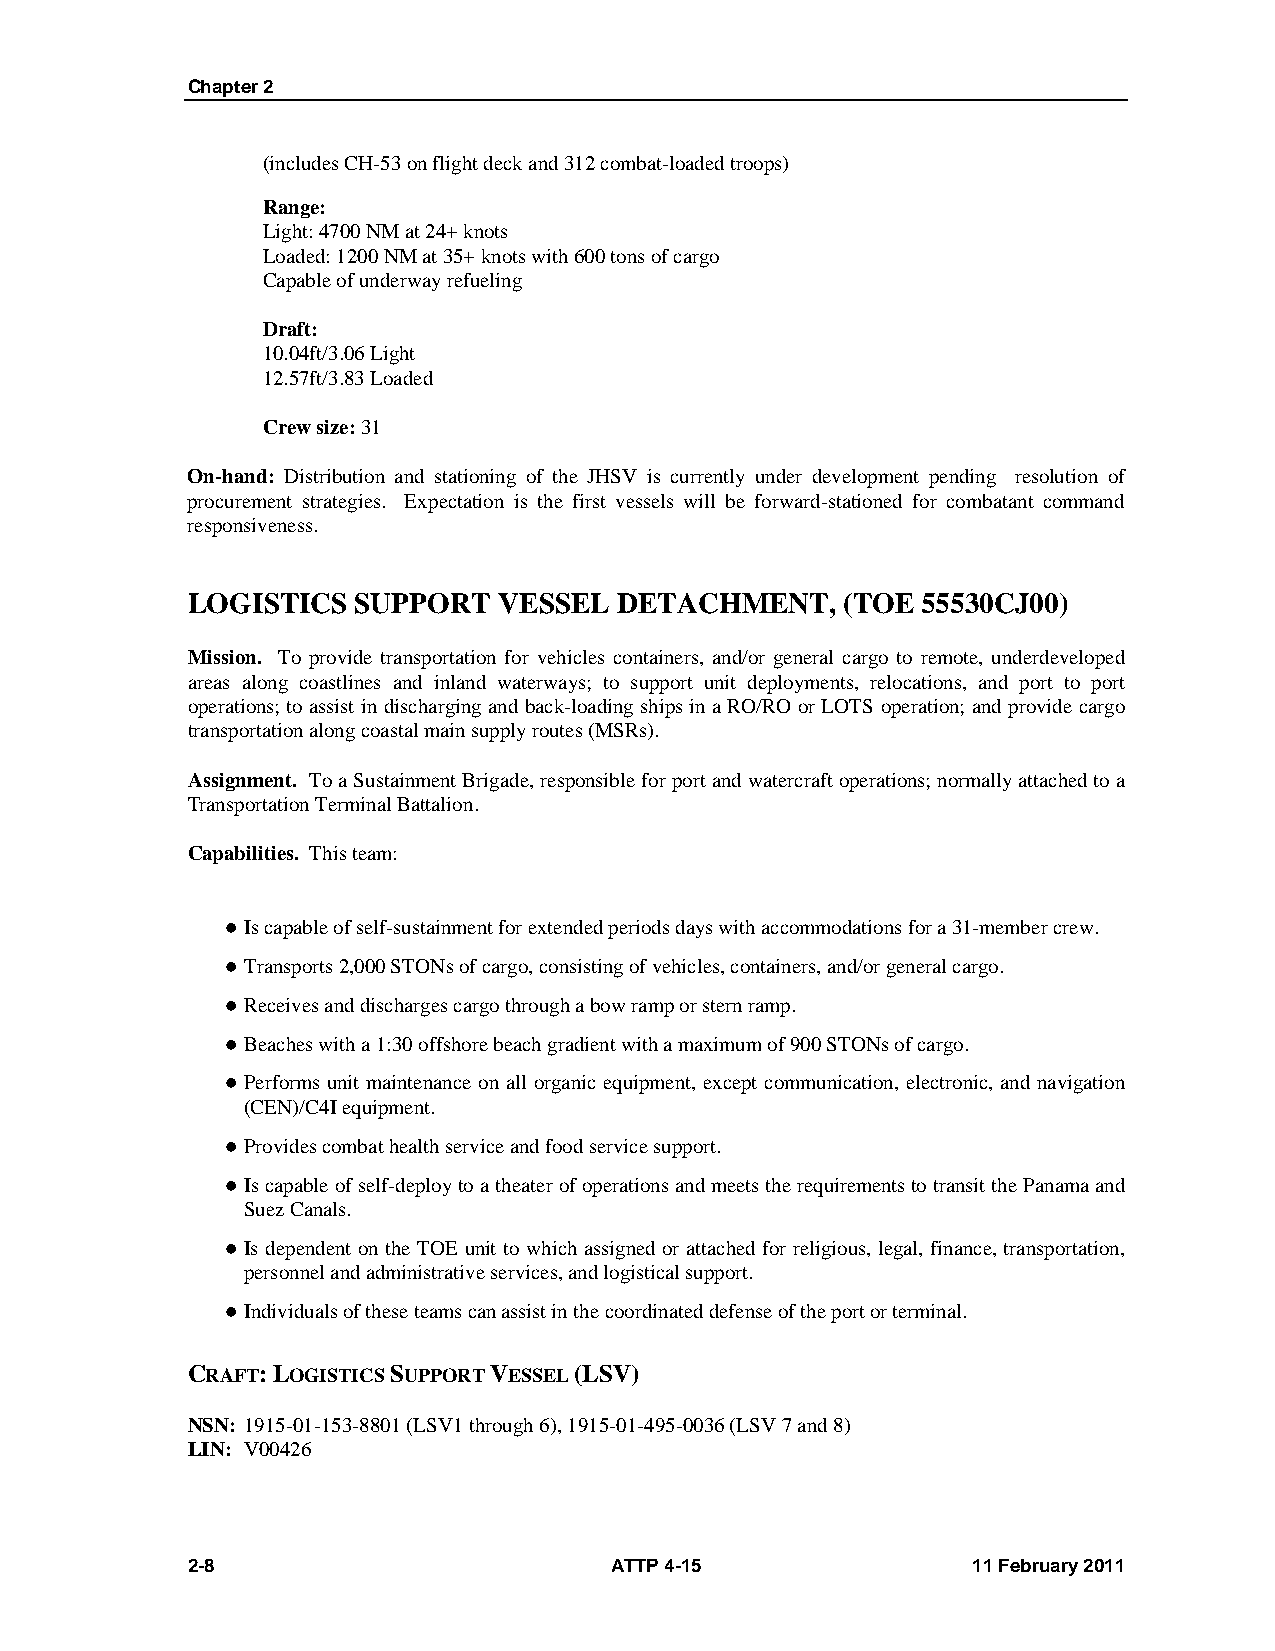
Chapter 2
 (includes CH-53 on flight deck and 312 combat-loaded troops)
 Range:
 Light: 4700 NM at 24+ knots
 Loaded: 1200 NM at 35+ knots with 600 tons of cargo
 Capable of underway refueling
 Draft:
 10.04ft/3.06 Light
 12.57ft/3.83 Loaded
 Crew size: 31
 On-hand: Distribution and stationing of the JHSV is currently under development pending resolution of
 procurement strategies. Expectation is the first vessels will be forward-stationed for combatant command
 responsiveness.
 LOGISTICS  SUPPORT   VESSEL  DETACHMENT,    (TOE 55530CJ00)
 Mission. To provide transportation for vehicles containers, and/or general cargo to remote, underdeveloped
 areas along coastlines and inland waterways; to support unit deployments, relocations, and port to port
 operations; to assist in discharging and back-loading ships in a RO/RO or LOTS operation; and provide cargo
 transportation along coastal main supply routes (MSRs).
 Assignment. To a Sustainment Brigade, responsible for port and watercraft operations; normally attached to a
 Transportation Terminal Battalion.
 Capabilities. This team:
  Is capable of self-sustainment for extended periods days with accommodations for a 31-member crew.
  Transports 2,000 STONs of cargo, consisting of vehicles, containers, and/or general cargo.
  Receives and discharges cargo through a bow ramp or stern ramp.
  Beaches with a 1:30 offshore beach gradient with a maximum of 900 STONs of cargo.
  Performs unit maintenance on all organic equipment, except communication, electronic, and navigation
 (CEN)/C4I equipment.
  Provides combat health service and food service support.
  Is capable of self-deploy to a theater of operations and meets the requirements to transit the Panama and
 Suez Canals.
  Is dependent on the TOE unit to which assigned or attached for religious, legal, finance, transportation,
 personnel and administrative services, and logistical support.
  Individuals of these teams can assist in the coordinated defense of the port or terminal.
 CRAFT: LOGISTICS SUPPORT VESSEL (LSV)
 NSN: 1915-01-153-8801 (LSV1 through 6), 1915-01-495-0036 (LSV 7 and 8)
 LIN: V00426
 2-8                         ATTP 4-15               11 February 2011